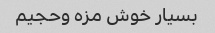
بسیار خوش مزه وحجیم